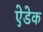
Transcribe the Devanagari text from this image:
ऐडेक